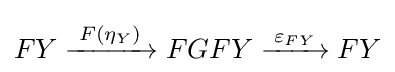
FY\xrightarrow {\overset {}{\;F(\eta _{Y})\;}} FGFY\xrightarrow {\;\varepsilon _{FY}\,} FY